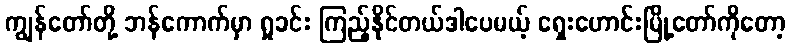
ကျွန်တော်တို့ ဘန်ကောက်မှာ ရှုခင်း ကြည့်နိုင်တယ်ဒါပေမယ့် ရှေးဟောင်းမြို့တော်ကိုတော့